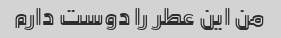
من این عطر را دوست دارم